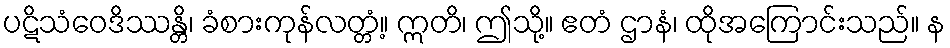
ပဋိသံဝေဒိဿန္တိ၊ ခံစားကုန်လတ္တံ့။ ဣတိ၊ ဤသို့။ ဧတံ ဌာနံ၊ ထိုအကြောင်းသည်။ န